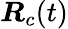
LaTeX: \boldsymbol{R}_{c}(t)